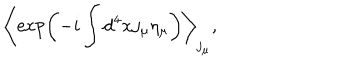
LaTeX: \left< \exp \left( - i \int d ^ { 4 } x j _ { \mu } \eta _ { \mu } \right) \right> _ { j _ { \mu } } ,